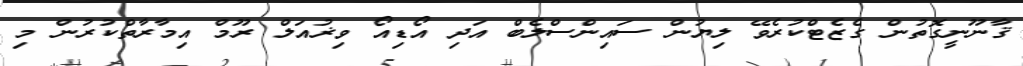
ޤާނޫނީގޮތުން ގެޒެޓްކުރެވޭ ލިޔުން ސައިންސްލެބް އަދި އޯޑިއޯ ވިޜުއަލް ރޫމް އިމާރާތްކުރުން މި